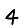
Digit: 4